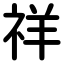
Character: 祥